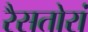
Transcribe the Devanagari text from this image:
रैसतोरां